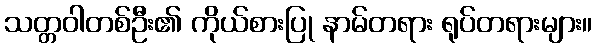
သတ္တဝါတစ်ဦး၏ ကိုယ်စားပြု နာမ်တရား ရုပ်တရားများ။